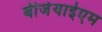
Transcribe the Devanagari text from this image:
बीजेयाईएम